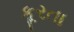
કૂરતા